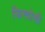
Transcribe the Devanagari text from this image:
फिरदोसी